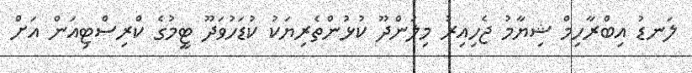
ލަނޑު އިބްރާހިމް ޝިޔާމު ޖެހިއިރު މިލަންދޫ ކުޅުންތެރިޔަކު ކުޑަހުވަދޫ ޓީމުގެ ކްރިސްޓިއަން އަށް